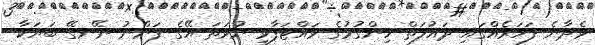
ވެދާނެ ފަހަރެއްގައި ދައުލަތް ހިންގުމުގެ ވައްޓަފާޅި ނުވަތަ އޭގެ ފަންނު ނޭނގޭ ބަޔަކާ